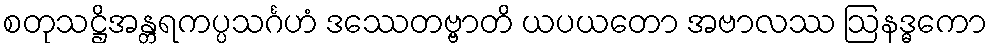
စတုသဋ္ဌိအန္တရကပ္ပသင်္ဂဟံ ဒဿေတဗ္ဗာတိ ယပယတော အဗာလဿ ဩနဒ္ဓကော